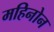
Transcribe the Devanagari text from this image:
महिनोन